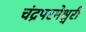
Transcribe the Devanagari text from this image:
चंद्रपरमेश्वरी